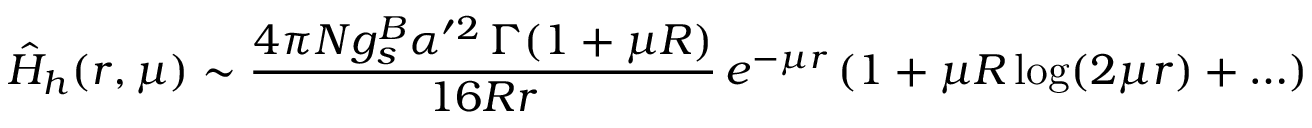
\hat { H } _ { h } ( r , \mu ) \sim \frac { 4 \pi N g _ { s } ^ { B } \alpha ^ { \prime 2 } \, { \Gamma ( 1 + \mu R ) } } { 1 6 R r } \, e ^ { - \mu r } \, ( 1 + \mu R \log ( 2 \mu r ) + \ldots )